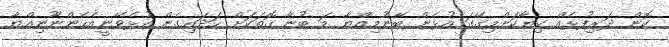
ކޮން ދަރިފުޅެއް ކިޔާކަށްމިގޭގަ އުޅެން ބޭނުމިއްޔާ މަ ބުނާ ގޮތަކަށް ހަދައިގެން އުޅެވޭނީއެހެންނޫނިއްޔާ